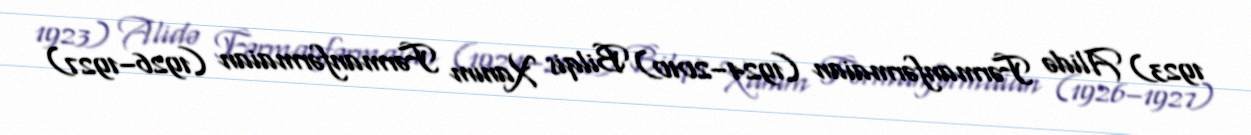
1923) Alidə Fərmanfərmaian (1924–2010) Bilqis Xanım Fərmanfərmaian (1926–1927)